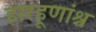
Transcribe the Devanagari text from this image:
हारहूणांश्च